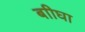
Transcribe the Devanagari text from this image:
बाीघा